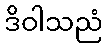
ဒိဝါသညံ